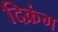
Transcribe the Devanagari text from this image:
दिक्रंग